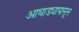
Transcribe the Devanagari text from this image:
आघाड्यापासून